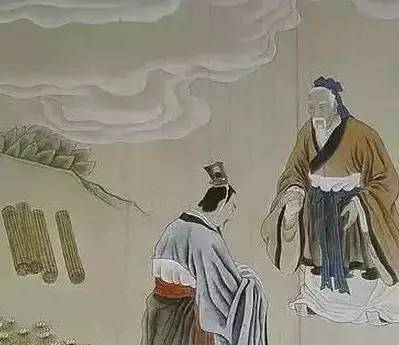
是故江河不恶小谷之满己也，故能大。圣人者，事无辞也，物无违也，故能为天下器。